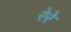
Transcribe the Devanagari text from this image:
रेरे